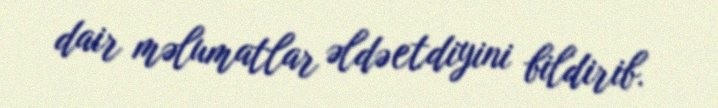
dair məlumatlar əldə etdiyini bildirib.